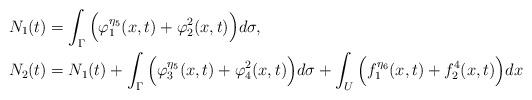
LaTeX: \begin{align*} N_1(t)&=\int_\Gamma \Big(\varphi_1^{\eta_5}(x,t)+\varphi_2^2(x,t)\Big)d\sigma,\\N_2(t) &= N_1(t)+\int_\Gamma \Big(\varphi_3^{\eta_5}(x,t)+\varphi_4^2(x,t)\Big)d\sigma + \int_U \Big(f_1^{\eta_6}(x,t)+f_2^4(x,t)\Big)dx \end{align*}